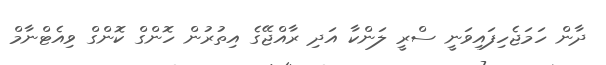
ދާން ހަމަޖެހިފައިވަނީ ސްރީ ލަންކާ އަދި ރާއްޖޭގެ އިތުރުން ހޮންގް ކޮންގް ވިއެޓްނާމް